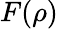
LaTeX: F(\rho)